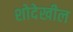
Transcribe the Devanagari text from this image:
शोदेखील